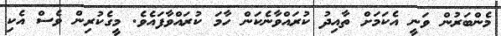
މެންބަރުން ވަނީ އެކަމަށް ތާއިދު ކުރައްވާނެކަން ހާމަ ކުރައްވާފައެވެ. މީގެކުރިން ވެސް އެކި